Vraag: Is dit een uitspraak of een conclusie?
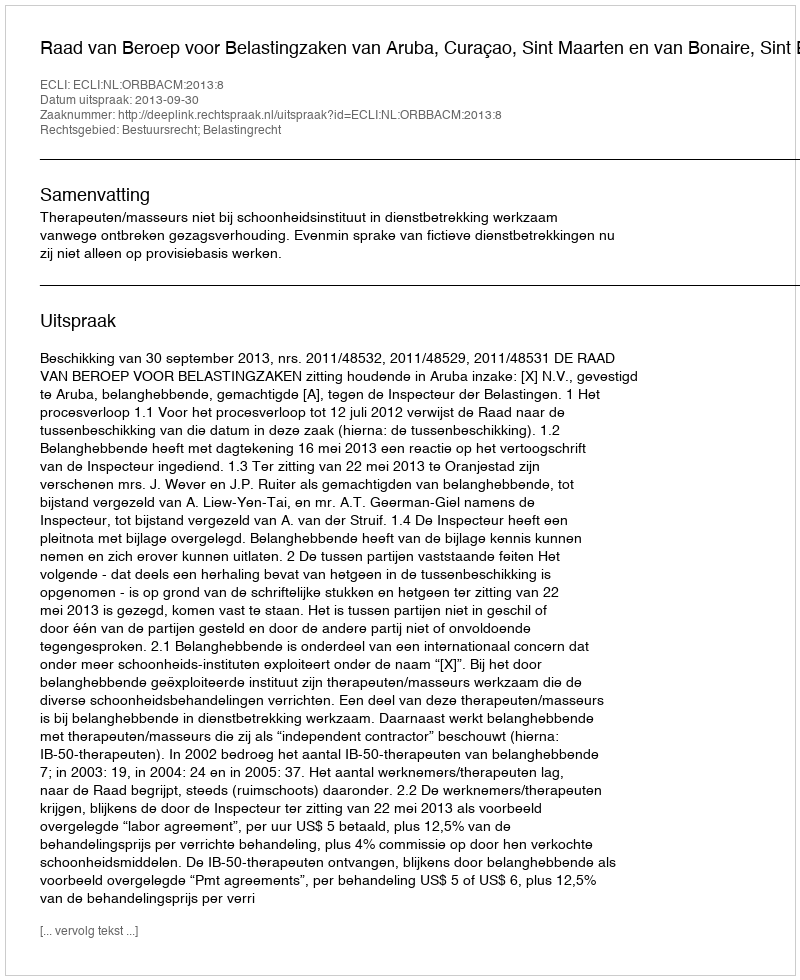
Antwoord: Uitspraak